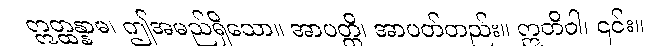
ဣတ္ထန္နာမ၊ ဤအမည်ရှိသော။ အာပတ္တိ၊ အာပတ်တည်း။ ဣတိဝါ၊ ၎င်း။